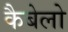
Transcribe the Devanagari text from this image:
कैबेलो